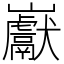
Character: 巚